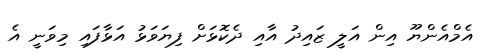
އެމްއެންޔޫ އިން އަލީ ޒައިދު އާއި ދެކޮޅަށް ފިޔަވަޅު އަޅާފައި މިވަނީ އެ